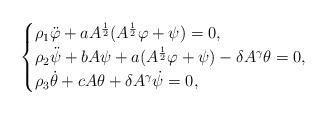
LaTeX: \begin{align*}\begin{cases}\rho_1{{\ddot \varphi}} + a A^{\frac12}(A^{\frac12}\varphi + \psi) =0,\\\rho_2{{\ddot \psi}} + b A \psi + a (A^{\frac12}\varphi + \psi) - \delta A^\gamma {\theta} = 0, \\\rho_3{{\dot \theta}} + c A\theta + \delta A^\gamma {{\dot \psi}} =0,\end{cases}\end{align*}